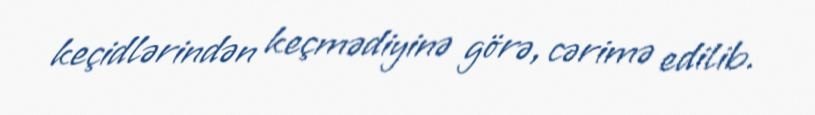
keçidlərindən keçmədiyinə görə, cərimə edilib.